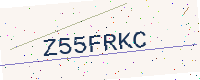
Text: Z55FRKC